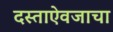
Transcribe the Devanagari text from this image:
दस्ताऐवजाचा